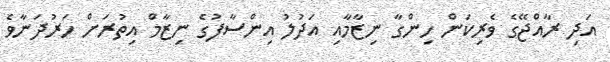
އަދި ރާއްޖޭގެ ވެރިކަން ހިންގާ ނިޒާމާއި އަދުލު އިންސާފުގެ ނިޒާމް އިތުރަށް ހަރުދަނާވެ